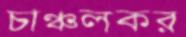
চাঞ্চলকর